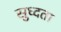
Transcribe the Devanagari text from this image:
सुध्दता